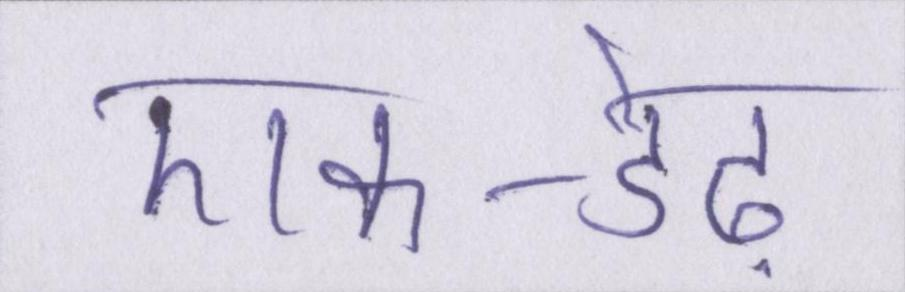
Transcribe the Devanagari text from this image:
एक-डेढ़